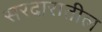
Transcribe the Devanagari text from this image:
सरदारातील